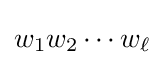
w_{1}w_{2}\cdots w_{\ell }